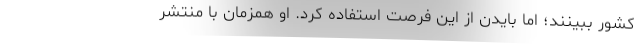
کشور ببینند؛ اما بایدن از این فرصت استفاده کرد. او همزمان با منتشر